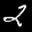
Label: 2